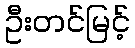
ဦးတင်မြင့်